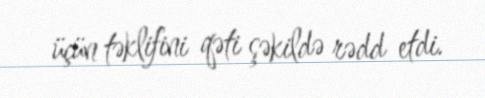
üçün təklifini qəti şəkildə rədd etdi.